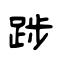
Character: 踄